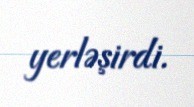
yerləşirdi.